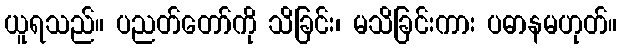
ယူရသည်။ ပညတ်တော်ကို သိခြင်း၊ မသိခြင်းကား ပဓာနမဟုတ်။